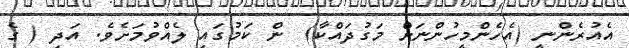
އެއުރެންނީ (އެހެންމީހުންނަށް މަގުދައްކާ)  ން ކަމުގައި ލެއްވުމަށެވެ. އަދި ( ގެ